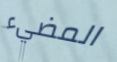
المضيء